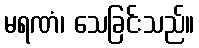
မရဏံ၊ သေခြင်းသည်။